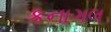
કનાગલ